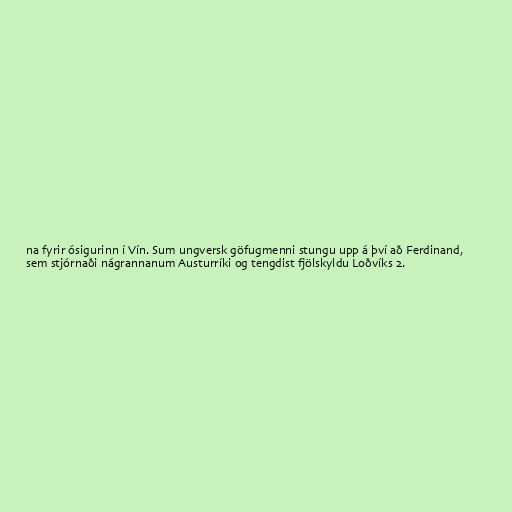
na fyrir ósigurinn í Vín. Sum ungversk göfugmenni stungu upp á því að Ferdinand,
sem stjórnaði nágrannanum Austurríki og tengdist fjölskyldu Loðvíks 2.